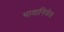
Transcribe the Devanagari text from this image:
भावानिचेच